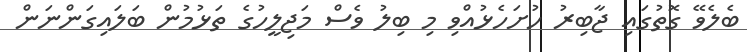
ބެލެވޭ ގޮތުގައި ޖާބިރު ހުށަހެޅުއްވި މި ބިލު ވެސް މަޖިލީހުގެ ތަޅުމުން ބަލައިގަންނަން